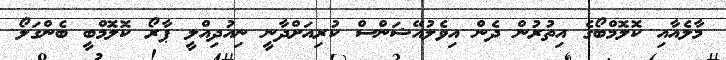
މާލެއާއި ކޮލޮމްބޯގެ އިތުރުން ދެން އިވެލުއޭޝަންސް ކުރިއަށްދާނީ ނިއުދިއްލީ ޕާރޯ ކޮލޮމްބީ ބެންގަލޯ